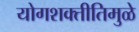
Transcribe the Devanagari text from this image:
योगशक्तीतिमुळे